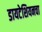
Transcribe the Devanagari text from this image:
डायटेशियनचा